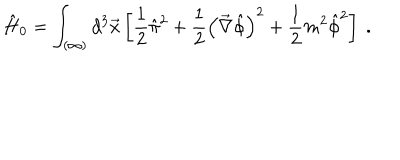
LaTeX: \hat { H } _ { 0 } = \int _ { ( \infty ) } d ^ { 3 } \vec { x } \left[ \frac { 1 } { 2 } \hat { \pi } ^ { 2 } + \frac { 1 } { 2 } \left( \vec { \nabla } \hat { \phi } \right) ^ { 2 } + \frac { 1 } { 2 } m ^ { 2 } \hat { \phi } ^ { 2 } \right] \ .